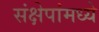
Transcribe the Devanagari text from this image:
संक्षेपांमध्ये